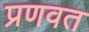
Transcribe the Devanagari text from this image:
प्रणवत